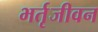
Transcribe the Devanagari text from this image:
भर्तृजीवन